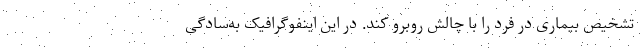
تشخیص بیماری در فرد را با چالش روبرو کند. در این اینفوگرافیک به‌سادگی